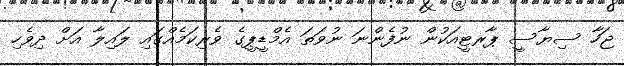
ޖަހާ ސިޔާސީ ޕާރޓީއަކުން ނުފެންނަ ނުވަތަ އެމްޑީޕީގެ ވެރިކަމެއްގައި ލައިލާ އަށް ދިވެހި